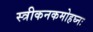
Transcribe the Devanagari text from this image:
स्त्रीकनकमोहघ्नः